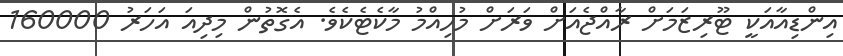
އިންޑިއާއަކީ ޓޫރިޒަމަށް ރާއްޖެއަށް ވަރަށް މުހިއްމު މާކެޓެކެވެ. އެގޮތުން މިދިއަ އަހަރު 160000